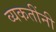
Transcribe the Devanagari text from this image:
व्यकतींनी